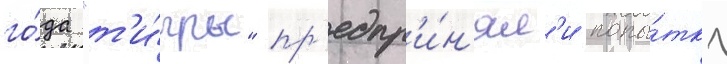
го́да "т'и́гры" пр'едпр'и́н'ял'и попы́тку